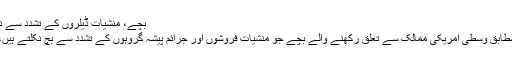
بچے، منشیات ڈیلروں کے تشدد سے نکلے تو اسمگلروں کے ہاتھ میں 16.08.2018
اقوام متحدہ کے ادارہ برائے اطفال یونیسیف کے مطابق وسطی امریکی ممالک سے تعلق رکھنے والے بچے جو منشیات فروشوں اور جرائم پیشہ گروہوں کے تشدد سے بچ نکلتے ہیں، وہ انسانوں کے اسمگلروں کا نشانہ بن رہے ہیں۔